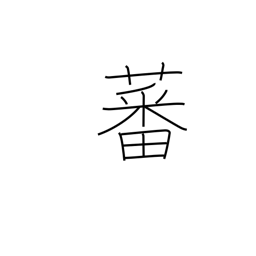
Meaning: grow luxuriously